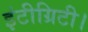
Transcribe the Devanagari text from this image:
इंटीग्रिटी।